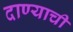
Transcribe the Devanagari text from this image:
दाण्याची